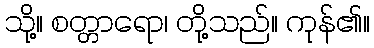
သို့။ စတ္တာရော၊ တို့သည်။ ကုန်၏။